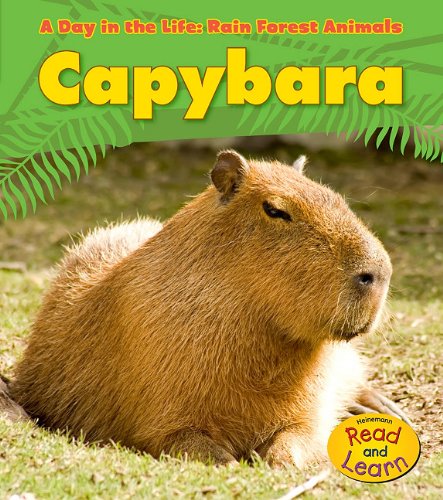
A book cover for Capybara (A Day in the Life: Rain Forest Animals); Anita Ganeri; Science & Math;